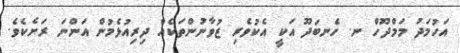
އަހުމަދު މަމްދޫހް ނ. ހެނބަދޫ އަކީ އެކުވެރި ޒުވާނުންތަކެއް ދިރިއުޅެމުން އަންނަ ރަށެކެވެ.